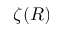
\zeta ( R )